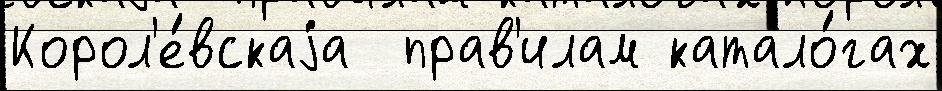
Корол'е́вскаjа  прав'илам катало́гах